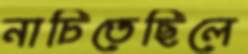
নাচিতেছিলে